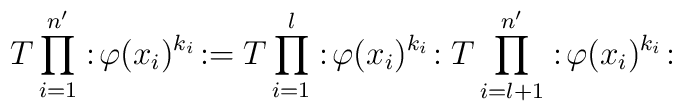
T \prod_{i=1}^{n'} :\! \varphi(x_i)^{k_i}\!:=    T \prod_{i=1}^l :\! \varphi(x_i)^{k_i}\!:   T \prod_{i=l+1}^{n'} :\! \varphi(x_i)^{k_i}\!: